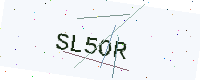
Text: SL5OR